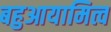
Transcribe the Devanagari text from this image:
बहुआयामित्व